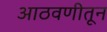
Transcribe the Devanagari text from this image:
आठवणीतून